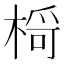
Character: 𪲾